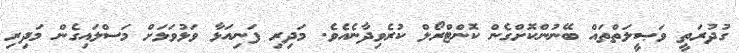
ގުދުރަތީ ވަޞީލަތްތައް ބޭނުންކޮށްގެން ކޮންޓްރޯލް ކުރެވިދާނެއެވެ. މަދިރި ފަނިއަޅާ ވަޅުވަޅަށް މަސްލައިގެން މަދިރި